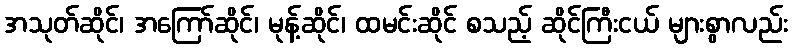
အသုတ်ဆိုင်၊ အကြော်ဆိုင်၊ မုန့်ဆိုင်၊ ထမင်းဆိုင် စသည့် ဆိုင်ကြီးငယ် များစွာလည်း